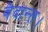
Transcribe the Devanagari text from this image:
वेदान्त।